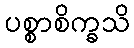
ပစ္စာစိက္ခသိ